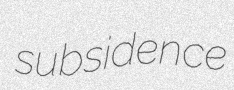
subsidence